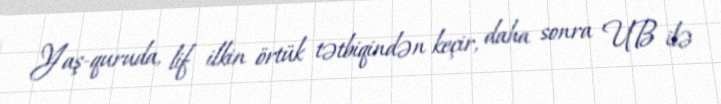
Yaş-quruda, lif ilkin örtük tətbiqindən keçir, daha sonra UB ilə